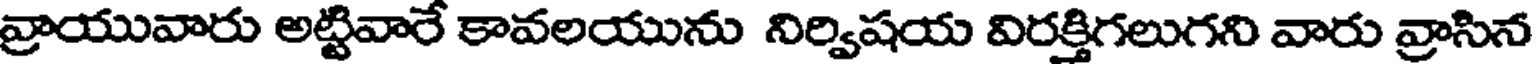
వ్రాయువారు అట్టివారే కావలయును నిర్విషయ విరక్తిగలుగని వారు వ్రాసిన